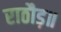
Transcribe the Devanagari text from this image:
राठौड़॥